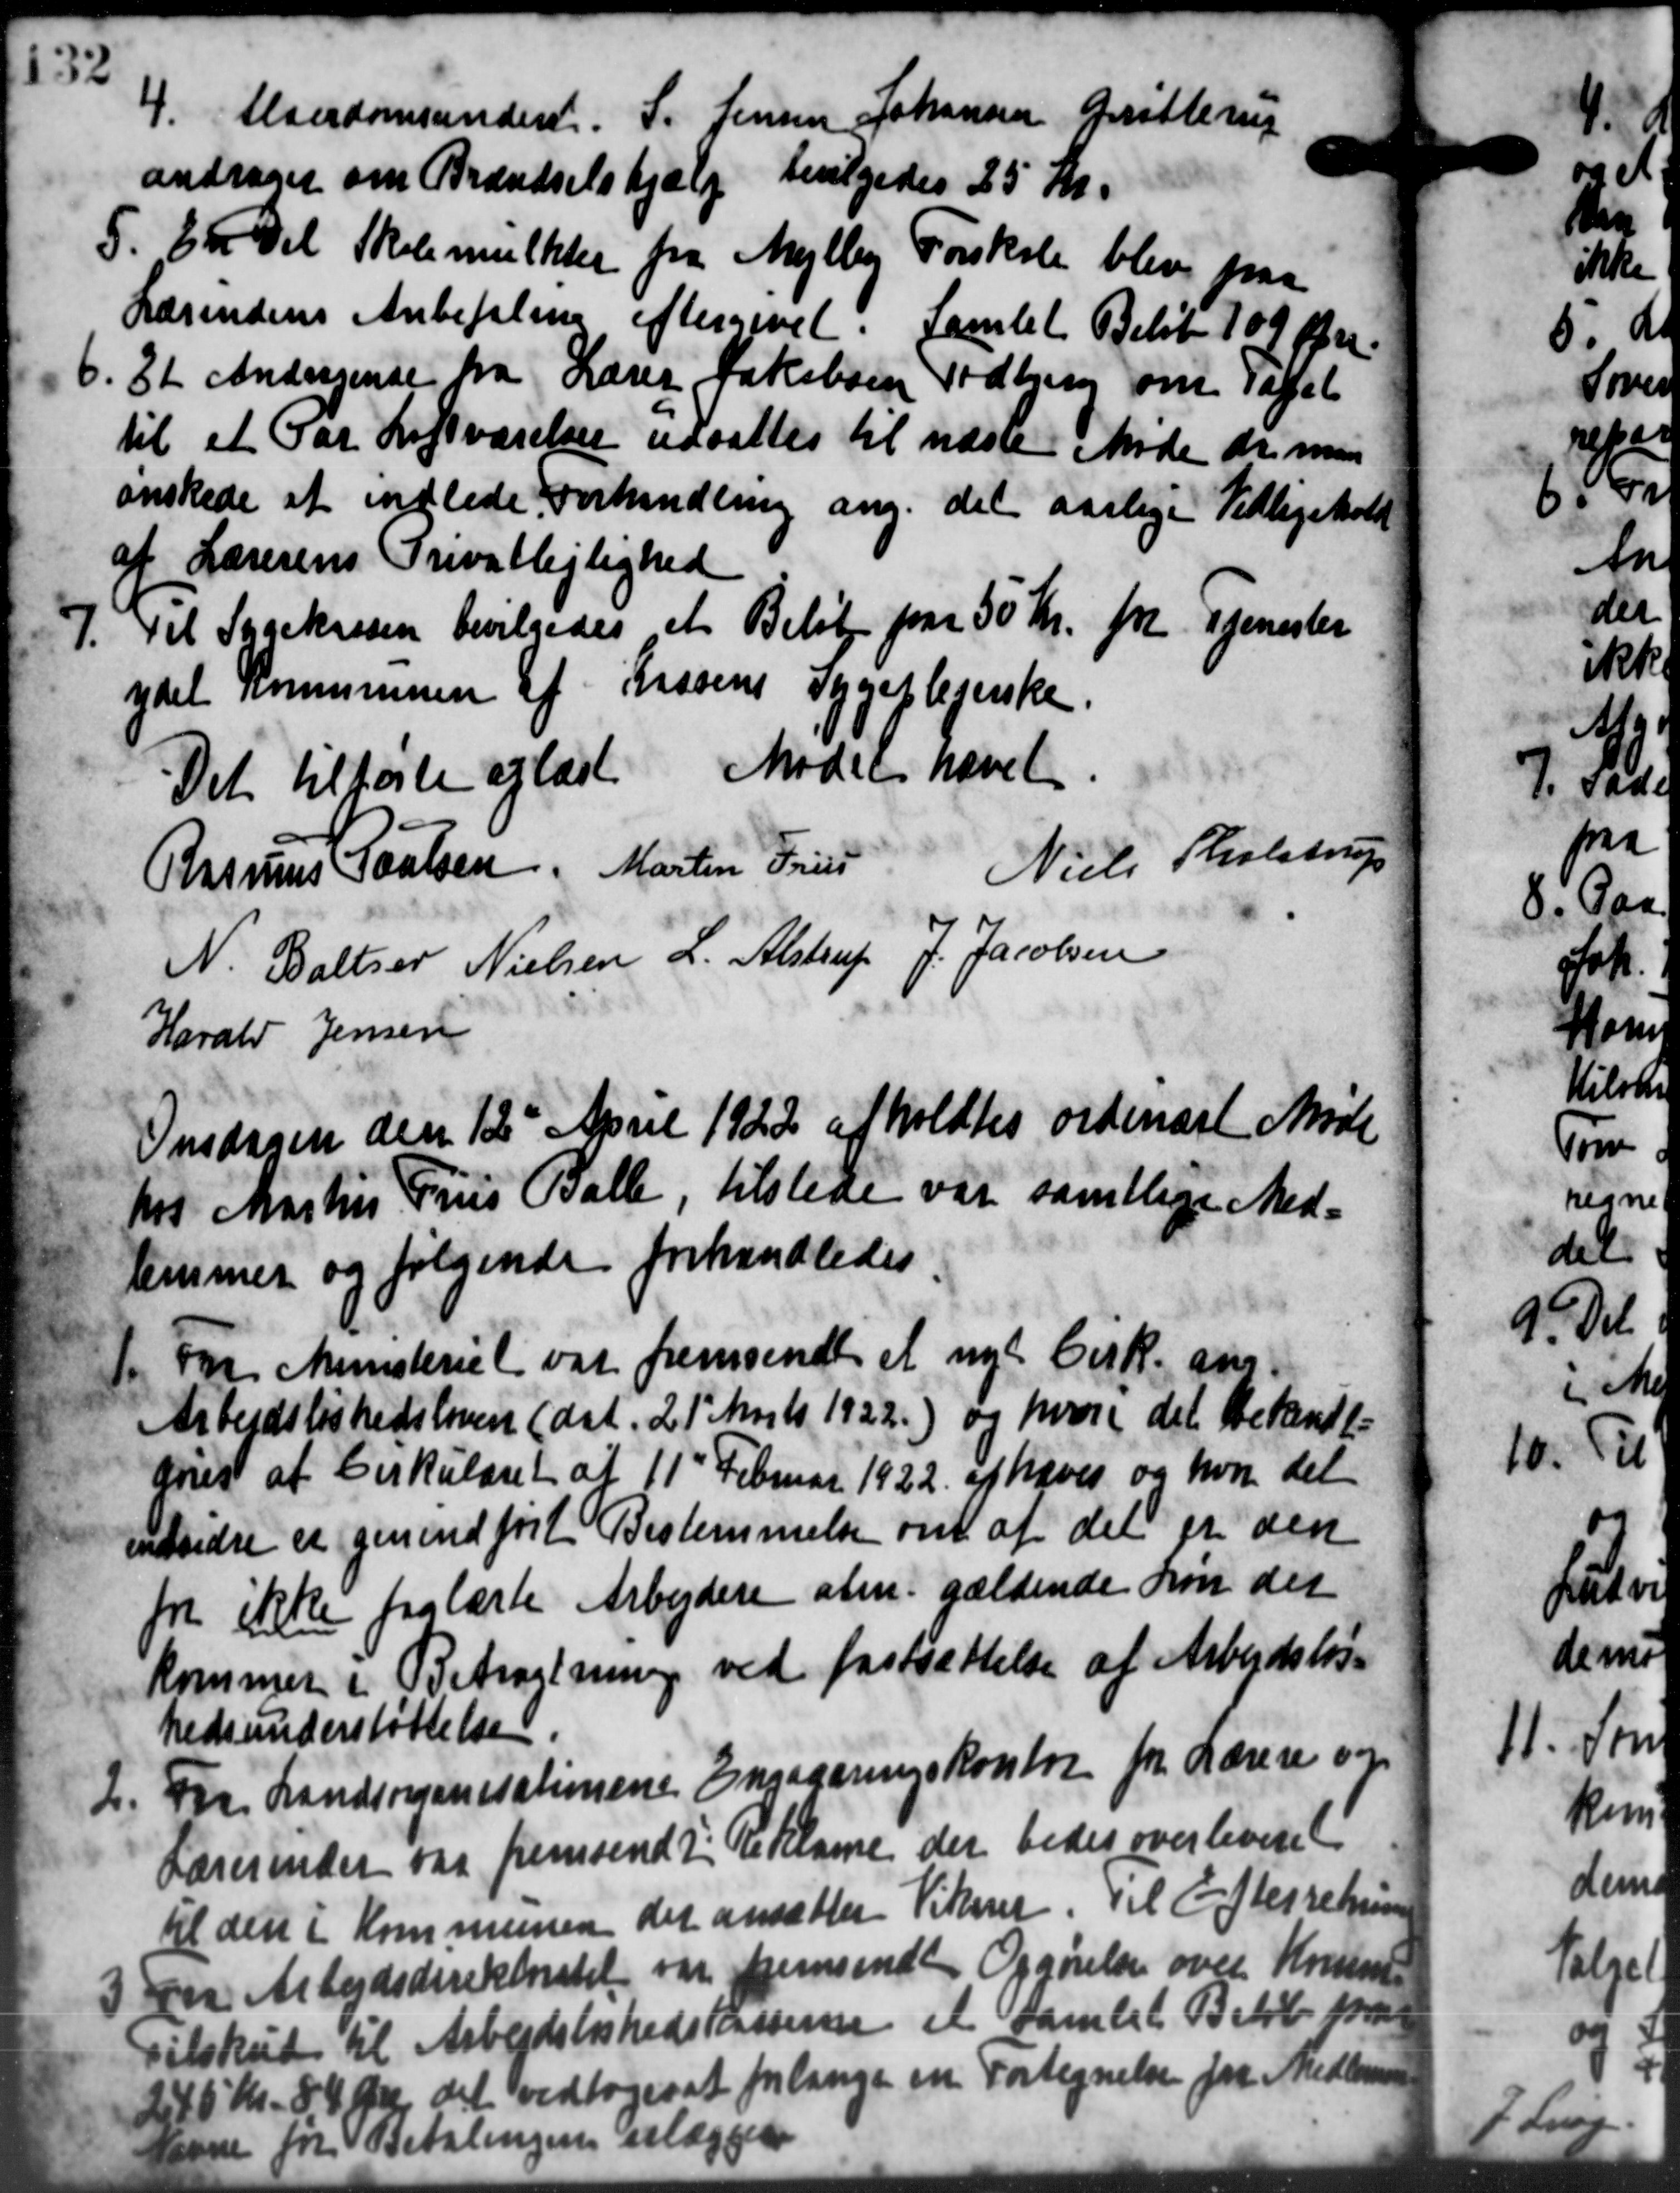
Transskription:
4. Alderdomsunders. S. Jensen Johansen Grøtt
4. Alderdomsunders. S. Jensen Johansen Grøtt "
andrager om Brændselshjælp bevilgedes 25 Kr.
5. En Del Skolemulkter fra Mejlby Forskole blev paa
5. En Del Skolemulkter fra Mejlby Forskole blev paa
Lærendens Anbefaling eftergivet. Samlet Beløb 109 Øre.
6. Et Andragende fra Lærer Jakobsen Todbjerg om Tapet
6. Et Andragende fra Lærer Jakobsen Todbjerg om Tapet
til et Par Luftværelser udsattes til næste Møde de man
ønskede at indlede Forhandling ang. det aarlige Vedligehold
af Lærerens Privatlejlighed
7. Til Sygekassen bevilgedes et Beløb paa 50 Kr. pr Tjenester
7. Til Sygekassen bevilgedes et Beløb paa 50 Kr. pr Tjenester
ydet kommunen af Prosens Sygeplejenske.
Det tilførte oplæst Mødet hævet.
" Niels Tholstrup
Rasmus Poulsen, Martin Fris
N. Baltzer Nielsen L. Alstrup J. Jacobsen
Harald Jensen
Onsdagen den 12de April 1922 afholdtes ordinært Møde
hos Martins Frus Balle, tilstede var samtlige Med-
temmer og følgende forhandledes
1. Fra Ministeriet var fremsendt et nyt Cirk. ans
1. Fra Ministeriet var fremsendt et nyt Cirk. ans
Arbejdsløshedsloven (dat. 21' Marts 1922.) og hvori det bekendt-
dres af Cirkulæret af 11' Februar 1922 af haves og hvor det
udvidre er genindført Bestemmelse om at det er den
for ikke faglæste Arbejdere alm. gældende Løn der
kommer i Betragtning ved fastsættelse af Arbejdsløs-
hedsunderstøttelse
2.
Fra Landsorganisationene Engageringskontor for Lærere og
Lærerinder var fremsendt: Reklame der bedes overleveret
til den i Kommunen det ansætter Vikarer. Til Efterretning
en Arbejdsdirektoratet var fremsendt Opgørelse over Kommu
en Arbejdsdirektoratet var fremsendt Opgørelse over Kommu
Tilskud til Arbejdsløshedskasserne et samlet Beløb fra
46 Kr. 84 Øre, det vedtoges at forlange en Fortegnelse for Medlem
savne for Betalingen erlægges

22